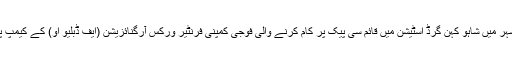
15 اکتوبر کل رات سرمچاروں نے پنجگور شہر میں شاہو کہن گرِڈ اسٹیشن میں قائم سی پیک پر کام کرنے والی فوجی کمپنی فرنٹیر ورکس آرگنائزیشن (ایف ڈبلیو او) کے کیمپ پر راکٹ اور خود کار ہتھیاروں سے حملہ کیا۔